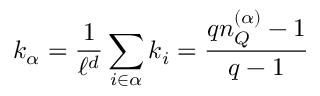
k _ { \alpha } = \frac { 1 } { \ell ^ { d } } \sum _ { i \in \alpha } k _ { i } = \frac { q n _ { Q } ^ { ( \alpha ) } - 1 } { q - 1 }